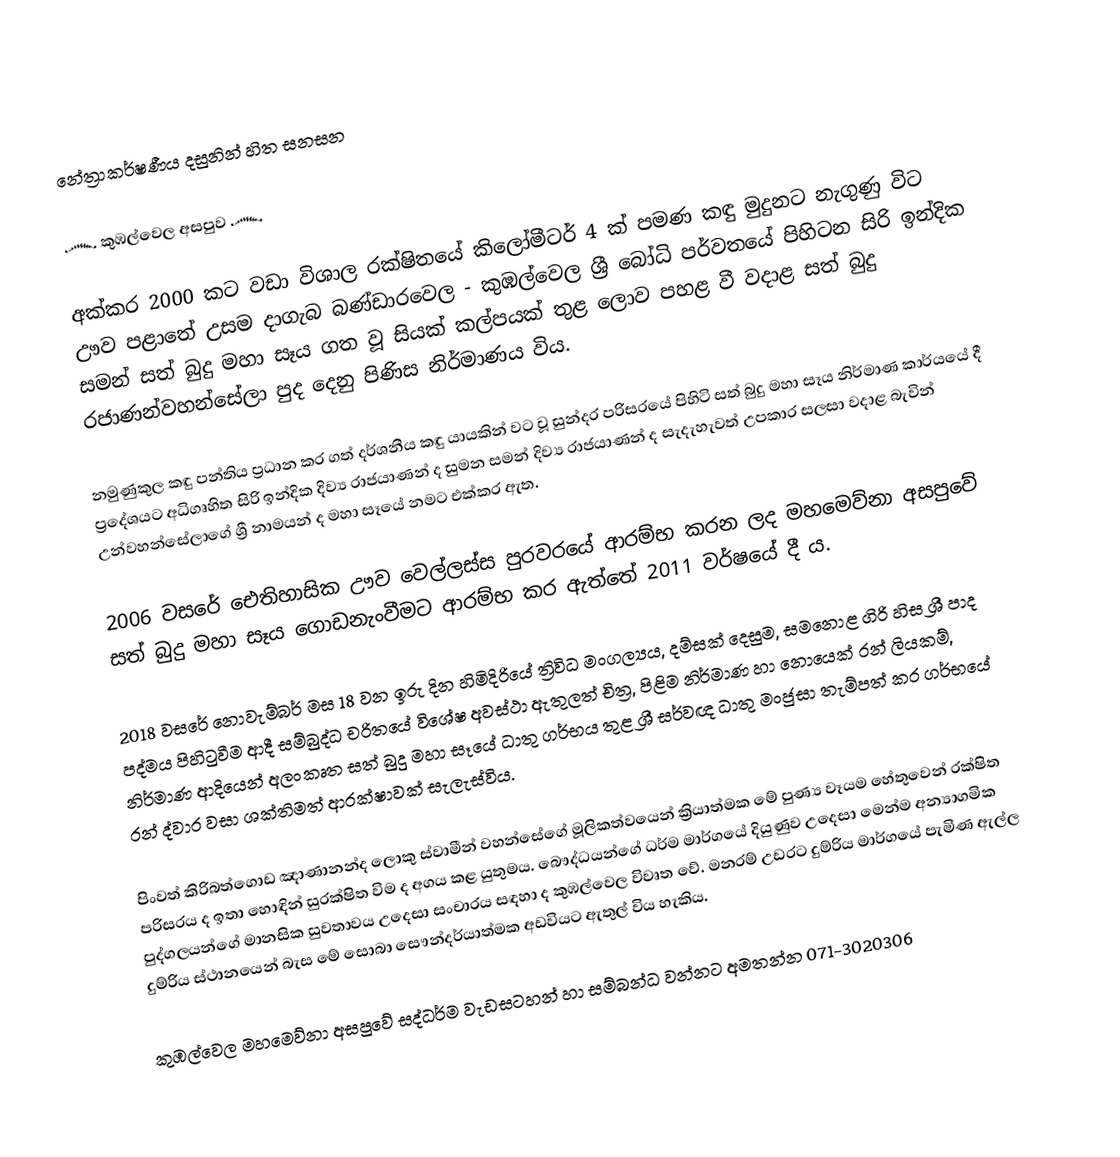
නේත්‍රාකර්ෂණීය දසුනින් හිත සනසන

      ෴ කුඹල්වෙල අසපුව ෴

   අක්කර 2000 කට වඩා විශාල රක්ෂිතයේ කිලෝමීටර් 4 ක් පමණ කඳු මුදුනට නැගුණු විට ඌව පළාතේ උසම දාගැබ බණ්ඩාරවෙල - කුඹල්වෙල ශ්‍රී බෝධි පර්වතයේ පිහිටන සිරි ඉන්දික සමන් සත් බුදු මහා සෑය ගත වූ සියක් කල්පයක් තුළ ලොව පහළ වී වදාළ සත් බුදු රජාණන්වහන්සේලා පුද දෙනු පිණිස නිර්මාණය විය.

   නමුණුකුල කඳු පන්තිය ප්‍රධාන කර ගත් දර්ශනීය කඳු යායකින් වට වූ සුන්දර පරිසරයේ පිහිටි සත් බුදු මහා සෑය නිර්මාණ කාර්යයේ දී ප්‍රදේශයට අධිගෘහිත සිරි ඉන්දික දිව්‍ය රාජයාණන් ද සුමන සමන් දිව්‍ය රාජයාණන් ද සැදැහැවත් උපකාර සලසා වදාළ බැවින් උන්වහන්සේලාගේ ශ්‍රී නාමයන් ද මහා සෑයේ නමට එක්කර ඇත.

   2006 වසරේ ඓතිහාසික ඌව වෙල්ලස්ස පුරවරයේ ආරම්භ කරන ලද මහමෙව්නා අසපුවේ සත් බුදු මහා සෑය ගොඩනැංවීමට ආරම්භ කර ඇත්තේ 2011 වර්ෂයේ දී ය.

   2018 වසරේ නොවැම්බර් මස 18 වන ඉරු දින හිමිදිරියේ ත්‍රිවිධ මංගල්‍යය, දම්සක් දෙසුම, සමනොළ ගිරි හිස ශ්‍රී පාද පද්මය පිහිටුවීම ආදී සම්බුද්ධ චරිතයේ විශේෂ අවස්ථා ඇතුලත් චිත්‍ර, පිළිම නිර්මාණ හා නොයෙක්  රන් ලියකම්, නිර්මාණ ආදියෙන් අලංකෘත සත් බුදු මහා සෑයේ ධාතු ගර්භය තුළ ශ්‍රී සර්වඥ ධාතු මංජුසා තැම්පත් කර ගර්භයේ රන් ද්වාර වසා ශක්තිමත් ආරක්ෂාවක් සැලැස්විය.

   පිංවත් කිරිබත්ගොඩ ඤාණානන්ද ලොකු ස්වාමීන් වහන්සේගේ මූලිකත්වයෙන් ක්‍රියාත්මක මේ පුණ්‍ය වෑයම හේතුවෙන් රක්ෂිත පරිසරය ද ඉතා හොඳින් සුරක්ෂිත විම ද අගය කළ යුතුමය. බෞද්ධයන්ගේ ධර්ම මාර්ගයේ දියුණුව උදෙසා මෙන්ම අන්‍යාගමික පුද්ගලයන්ගේ මානසික සුවතාවය උදෙසා සංචාරය සඳහා ද කුඹල්වෙල විවෘත වේ. මනරම් උඩරට දුම්රිය මාර්ගයේ පැමිණ ඇල්ල දුම්රිය ස්ථානයෙන් බැස මේ සොබා සෞන්දර්යාත්මක අඩවියට ඇතුල් විය හැකිය.

   කුඹල්වෙල මහමෙව්නා අසපුවේ සද්ධර්ම වැඩසටහන් හා සම්බන්ධ වන්නට අමතන්න 071-3020306